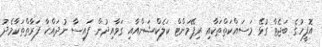
އޮފީހުގެ ބަޖެޓާ ގުޅޭ މަސައްކަތްތަކާއި ރިޕޭމަންޓް ކަލެކްޝަންއާއި ގަވާއިދުން ފައިސާ ނުދައްކާ ފަރާތްތަކާމެދު